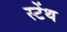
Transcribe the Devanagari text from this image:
स्‍टेंथ